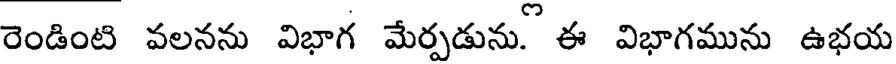
రెండింటి వలనను విభాగ మేర్పడును. ఈ విభాగమును ఉభయ